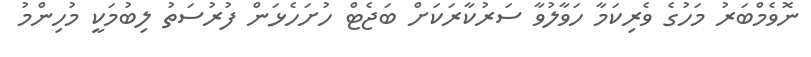
ނޮވެމްބަރު މަހުގެ ވެރިކަމާ ހަވާލުވާ ސަރުކާރަކަށް ބަޖެޓް ހުށަހެޅަން ފުރުސަތު ލިބުމަކީ މުހިންމު